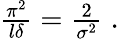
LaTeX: \begin{array}{r}{\frac{\pi^{2}}{l\delta}=\frac{2}{\sigma^{2}}\; .}\end{array}